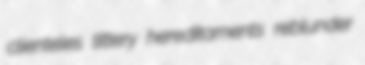
clienteles tittery hereditaments reblunder